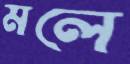
মলে